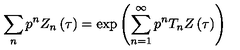
\sum _ { n } p ^ { n } Z _ { n } \left( \tau \right) = \exp \left( \sum _ { n = 1 } ^ { \infty } p ^ { n } T _ { n } Z \left( \tau \right) \right)